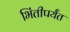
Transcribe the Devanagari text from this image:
भिंतीपर्यंत